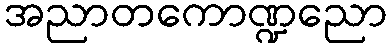
အညာတကောဏ္ဍညော